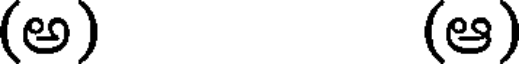
(అ) (ఆ)